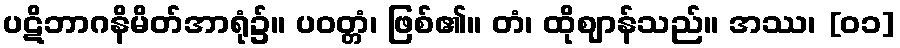
ပဋိဘာဂနိမိတ်အာရုံ၌။ ပဝတ္တံ၊ ဖြစ်၏။ တံ၊ ထိုဈာန်သည်။ အဿ၊ [၀၁]